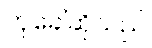
ဟုခေါ်ဆိုသည်